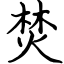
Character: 焚